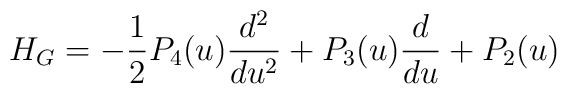
H_{G}=-\frac{1}{2}P_{4}(u)\frac{d^{2}}{du^{2}}+P_{3}(u)\frac{d}{du}+P_{2}(u)